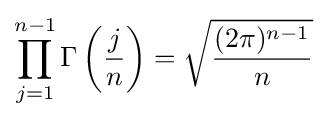
\prod _{j=1}^{n-1}\Gamma \left({\frac {j}{n}}\right)={\sqrt {\frac {(2\pi )^{n-1}}{n}}}